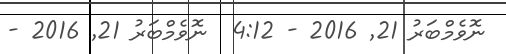
ނޮވެމްބަރު 21